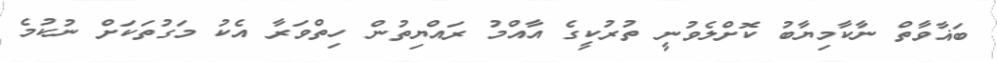
ބަޣާވާތް ނާކާމިޔާބު ކޮށްލެވުނީ ތުރުކީގެ އާއްމު ރައްޔިތުން ހިތްވަރާ އެކު މަގުތަކަށް ނުކުމެ